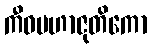
ကီဝမဟာဇုတိကော